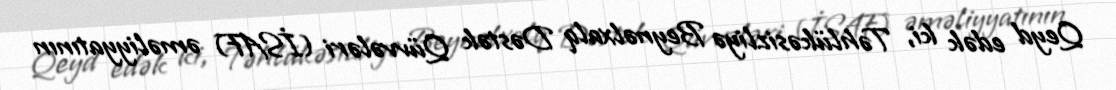
Qeyd edək ki, Təhlükəsizliyə Beynəlxalq Dəstək Qüvvələri (İSAF) əməliyyatının